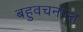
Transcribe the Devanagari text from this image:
बहुवचनान्त